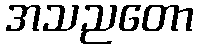
အသညတော